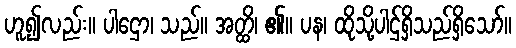
ဟူ၍လည်း။ ပါဌော၊ သည်။ အတ္ထိ၊ ၏။ ပန၊ ထိုသို့ပါဌ်ရှိသည်ရှိသော်။